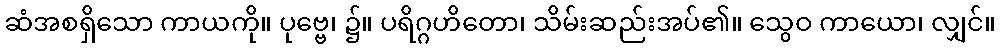
ဆံအစရှိသော ကာယကို။ ပုဗ္ဗေ၊ ၌။ ပရိဂ္ဂဟိတော၊ သိမ်းဆည်းအပ်၏။ သွေဝ ကာယော၊ လျှင်။